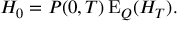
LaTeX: H _ { 0 } = P ( 0 , T ) \operatorname { E } _ { Q } ( H _ { T } ) .